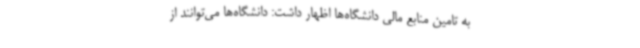
به تامین منابع مالی دانشگاه‌ها اظهار داشت: دانشگاه‌ها می‌توانند از